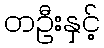
တဦးနှင့်